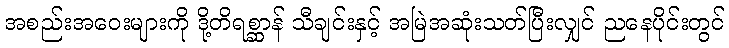
အစည်းအဝေးများကို ဒို့တိရစ္ဆာန် သီချင်းနှင့် အမြဲအဆုံးသတ်ပြီးလျှင် ညနေပိုင်းတွင်